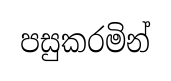
පසුකරමින්